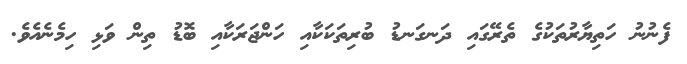
ފެނުނު ހަތިޔާރުތަކުގެ ތެރޭގައި ދަނގަނޑު ބުރިތަކަކާއި ހަންޖަރަކާއި ބޮޑު ތިން ވަޅި ހިމެނެއެވެ.